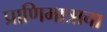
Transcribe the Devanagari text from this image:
प्राणिमात्राचा